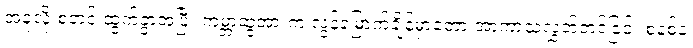
အခုလို စတင် ထွက်ခွာအပြီး ကမ္ဘာ့ဆွဲအားက လွန်မြောက်ချိန်မှာတော့ အာကာသလွှတ်တင်ခြင်း စနစ်နဲ့